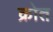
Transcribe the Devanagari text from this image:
क्रोत